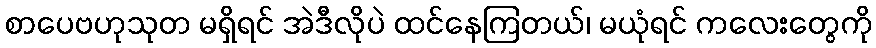
စာပေဗဟုသုတ မရှိရင် အဲဒီလိုပဲ ထင်နေကြတယ်၊ မယုံရင် ကလေးတွေကို